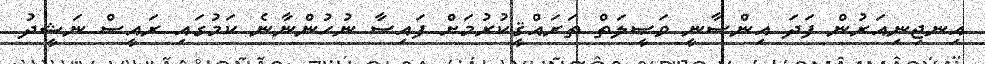
އިނޖިނިއަރުން ފަދަ އިންސާނީ ވަޞީލަތް ތަރައްޤީކުރުމަށް ފައިސާ ނުހުންނާނެ ކަމުގައި ރައީސް ނަޝީދު